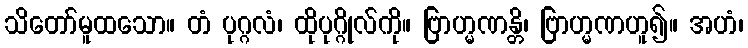
သိတော်မူထသော။ တံ ပုဂ္ဂလံ၊ ထိုပုဂ္ဂိုလ်ကို။ ဗြာဟ္မဏန္တိ၊ ဗြာဟ္မဏဟူ၍။ အဟံ၊